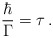
\begin{align*}\frac{\hbar}{\Gamma} = \tau\,.\end{align*}